Laimjala_vallavalitsus, lk 12
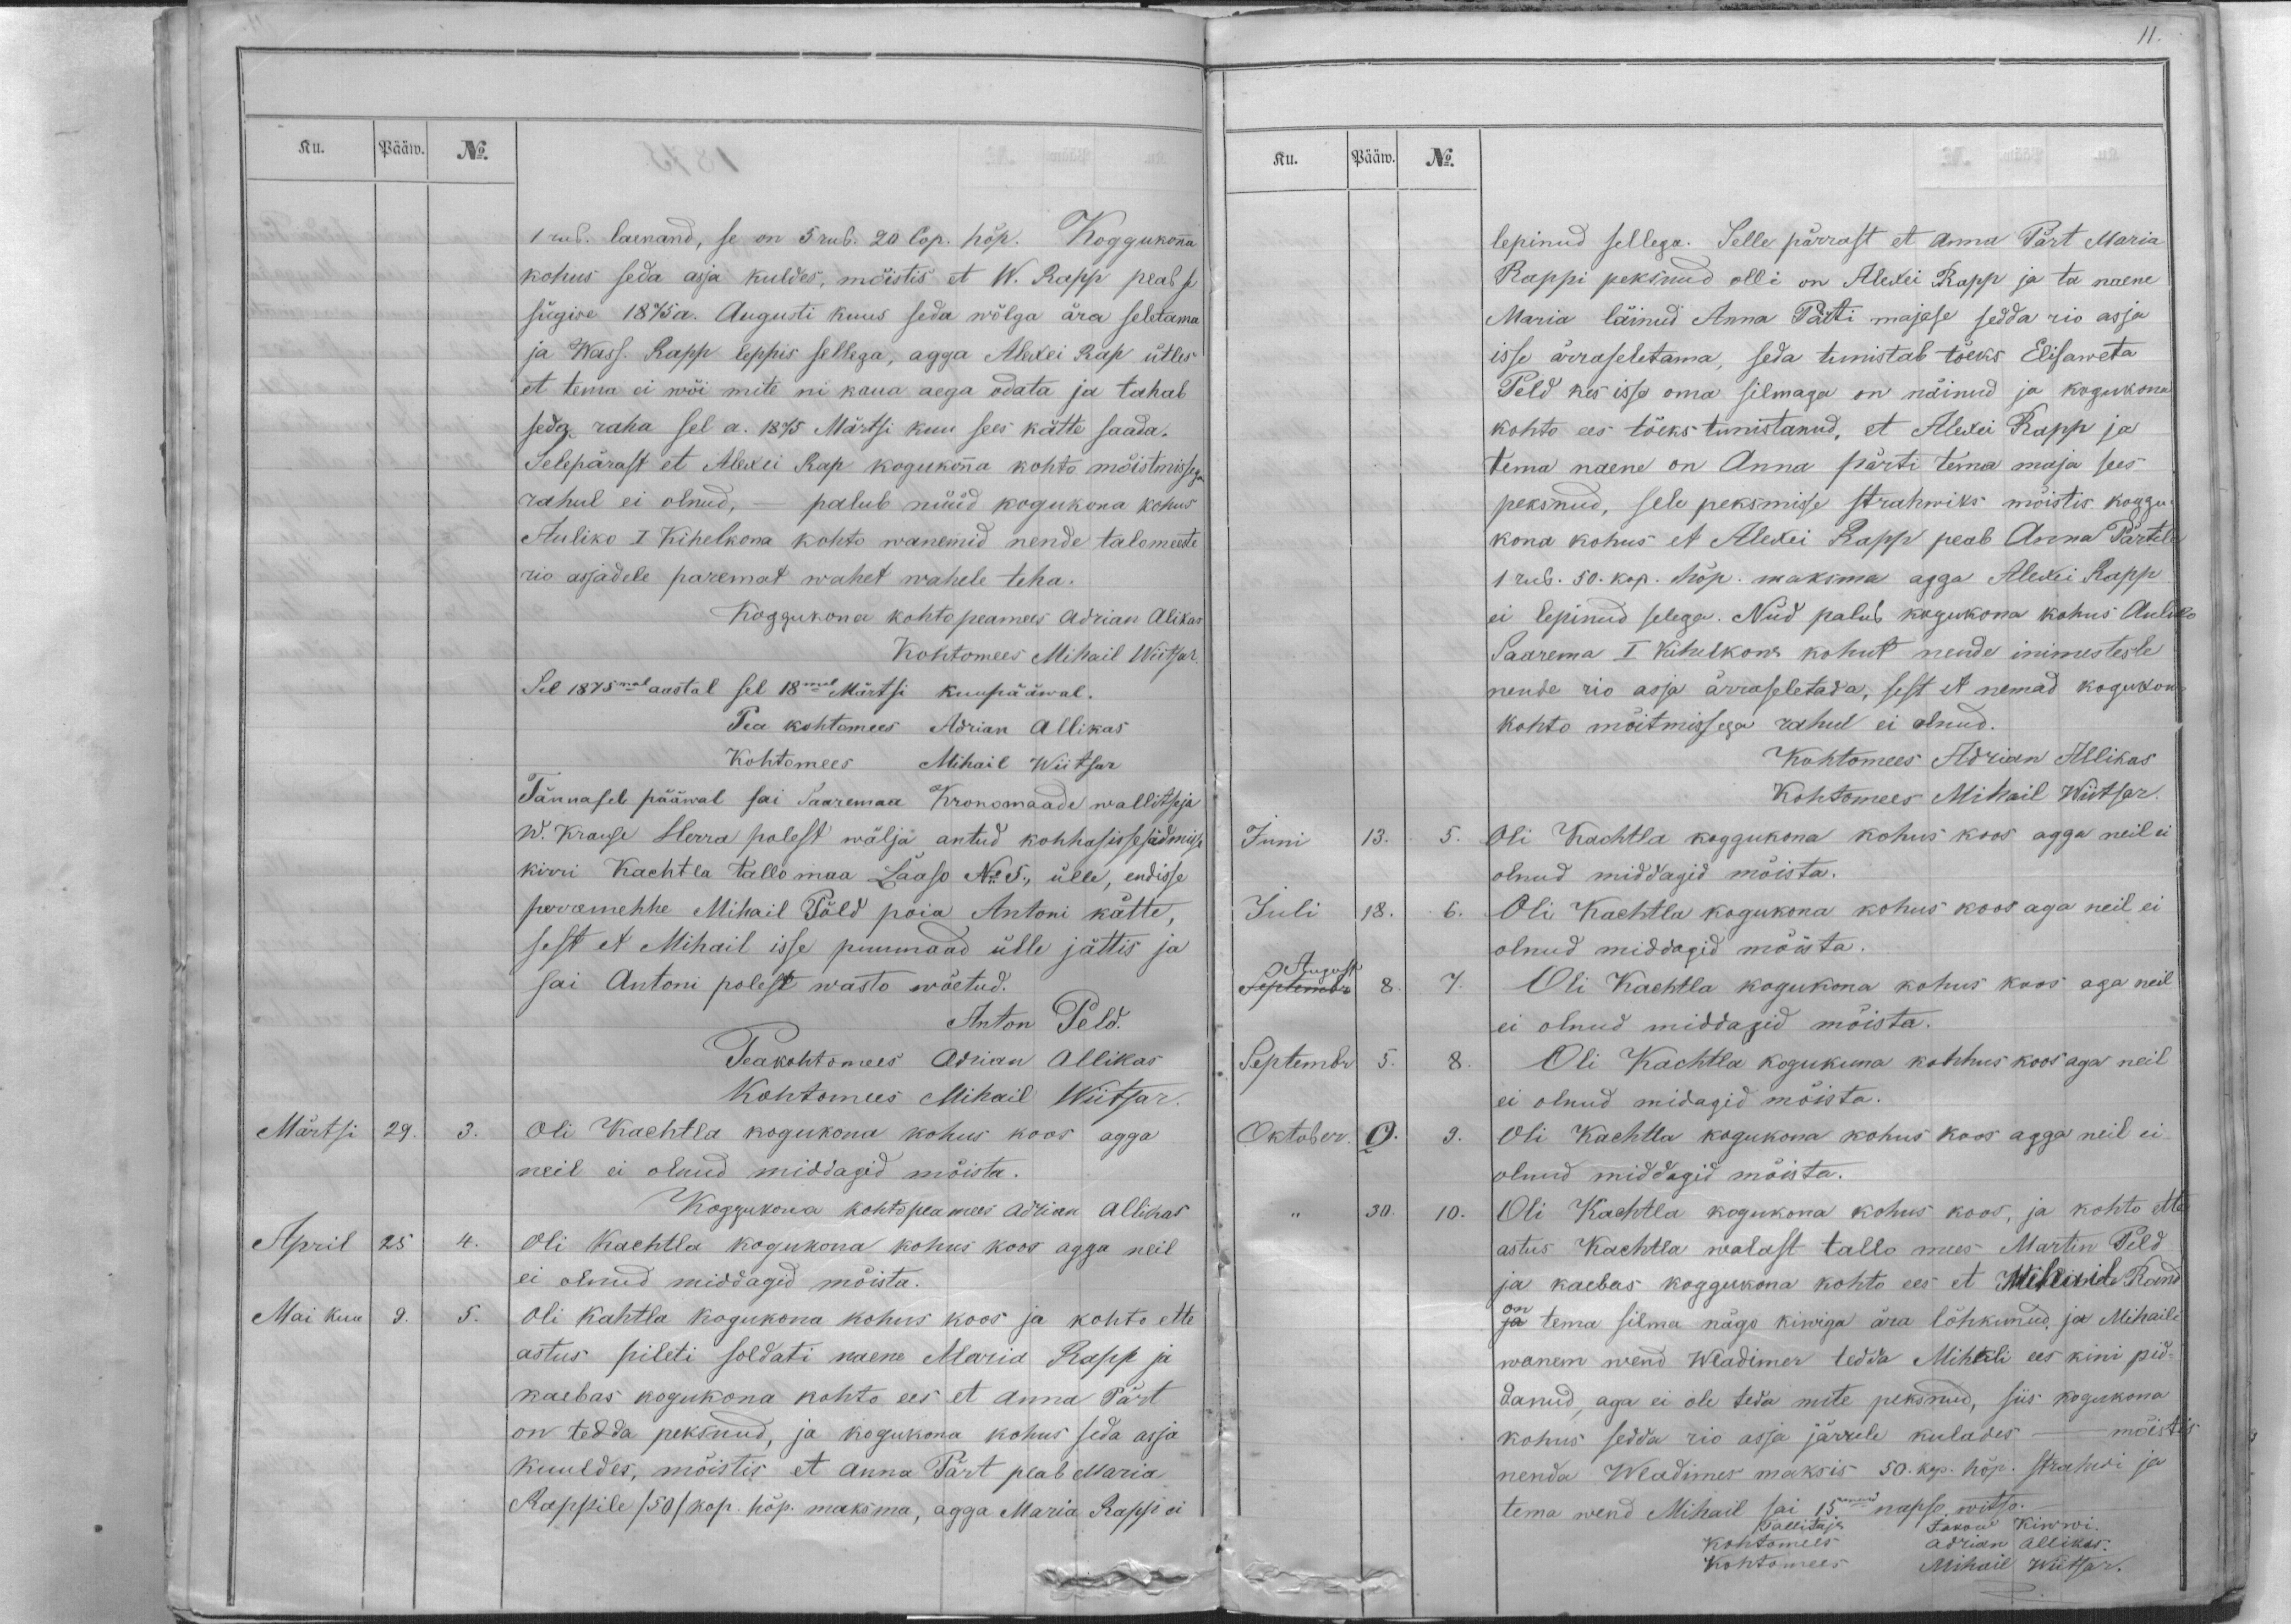
Ku.

Pääw.
No.
1 rub. laenand, se on 5 rub. 20 Cop. hõp. Koggukonna
kohus seda asja kuldes, mõistis et W. Rapp peab se
sügise 1875a. Augusti kuus seda wõlga ära seletama
ja Wass. Rapp leppis sellega, agga Alexei Rap ütles
et tema ei wõi mite ni kaua aega odata ja tahab
seda raha sel a. 1875 Märtsi kuu sees kätte saada.
Selepärast et Alexei Rap kogukonna kohto mõistmissega
rahul ei olnud, - palub nüüd kogukona kohus
Auliko I Kihelkona kohto wanemid nende talomeeste
rio asjadele paremat wahet wahele teha.
Koggukona kohto peamees Adrian Alikas
Kohtomees Mihail Wiitsar.
Sel 1875mal aastal sel 18mal Märtsi kuupääwal.
Pea kohtomees Adrian Allikas
Kohtomees Mihail Wiitsar
Tännasel pääwal sai Saaremaa Kronomaade wallitseja
W. Krause Herra polest wälja antud kohhasissesädmisse
kirri Kachtla tallo maa Laaso No 5., ülle, endisse
peremehhe Mihail Põld poia Antoni kätte,
sest et Mihail isse puumaad ülle jättis ja
sai Antoni polest wasto wõetud.
Anton Peld.
Peakohtomees Adrian Allikas
Kohtomees Mihail Wiitsar.
Märtsi
29.
3.
Oli Kachtla kogukona kohus koos agga
neil ei olnud middagid mõista.
Koggukona kohto peamees Adrian Allikas
April
25
4.
Oli Kachtla kogukona kohus koos agga neil
ei olnud middagid mõista.
Mai kuu
9.
5.
Oli Kahtla kogukona kohus koos ja kohto ette
astus pileti soldati naene Maria Rapp ja
kaebas kogukona kohto ees et Anna Pärt
on tedda peksnud, ja kogukona kohus seda asja
kuuldes, mõistis et Anna Pärt peab Maria
Rappile /50/ kop. hõp. maksma, agga Maria Rapp ei

Ku.
Pääw.
No.
lepinud sellega. Selle pärrast et Anna Pärt Maria
Rappi peksnud olli on Alexei Rapp ja ta naene
Maria läinud Anna Pärti majase sedda rio asja
isse ärraseletama, seda tunistab tõeks Elisaweta
Peld kes isse oma silmaga on näinud ja kogukona
kohto ees tõeks tunistanud, et Alexei Rapp ja
tema naene on Anna pärti tema maja sees
peksnud, sele peksmisse strahwiks mõistis koggu-
kona kohus et Alexei Rapp peab Anna Pärtile
1 rub. 50. kop. hõp. maksma agga Alexei Rapp
ei lepinud selega. Nüd palub kogukona kohus Auliko
Saarema I Kihelkona kohut nende inimestesle
nende rio asja ärraseletada, sest et nemad kogukona
kohto mõitmissega rahul ei olnud.
Kohtomees Adrian Allikas
Kohtomees Mihail Wiitsar.
Juni
13.
5.
Oli Kachtla koggukona kohus koos agga neil ei
olnud middagid mõista.
Juli
18.
6.
Oli Kachtla kogukona kohus koos aga neil ei
olnud middagid mõista.
August
Septembr
8.
7.
Oli Kachtla kogukona kohus koos aga neil
ei olnud middagid mõista.
Septembr
5.
8.
Oli Kachtla kogukuna kohhus koos aga neil
ei olnud midagid mõista.
Oktober
2.
9.
Oli Kachtla kogukona kohus koos agga neil ei
olnud middagid mõista.
,, 30.
10.
Oli Kachtla kogukona kohus koos, ja kohto ette
astus Kachtla walast tallo mees Martin Peld
ja kaebas koggukona kohto ees et Mihail Rand
on
ja tema silma nägo kiwiga ära lõhkunud ja Mihaili
wanem wend Wladimer tedda Mihali ees kini pid-
danud, aga ei ole teda mite peksnud, siis kogukona
kohus sedda rio asja järrele kulades -  mõistis
nenda Wladimer maksis 50. kop. hõp. strahwi ja
tema wend Mihail sai 15mend napso witso.-
Tallitaja Jakow Kiwwi.
Kohtomees Adrian Allikas.
Kohtomees Mihail Wiitsar.